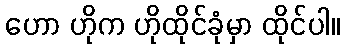
ဟော ဟိုက ဟိုထိုင်ခုံမှာ ထိုင်ပါ။